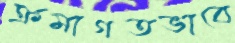
ক্রমাগতভাবে